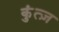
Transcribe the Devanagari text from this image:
कुंत्ज़